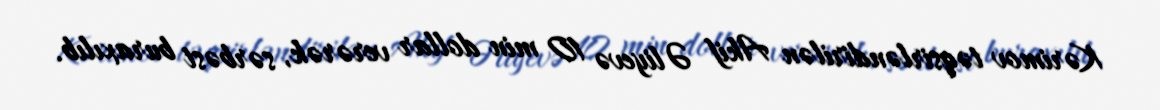
Kərimov təqsirləndirilən Akif Əliyevə 10 min dollar verərək, sərbəst buraxılıb.